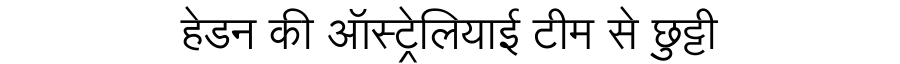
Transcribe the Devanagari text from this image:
हेडन की ऑस्ट्रेलियाई टीम से छुट्टी